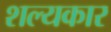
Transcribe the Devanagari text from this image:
शल्यकार